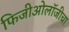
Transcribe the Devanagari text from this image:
फिजीओलॉजीचा